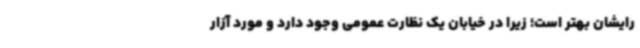
رایشان بهتر است؛ زیرا در خیابان یک نظارت عمومی وجود دارد و مورد آزار